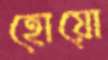
হোয়ো